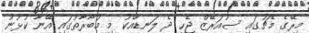
މިރޭގެ މެޗުގައި ސުއަރޭޒް ޖެހި ދެ ލަނޑާއެކު މި މުބާރާތުގައި އޭނާ ކުޅުނު